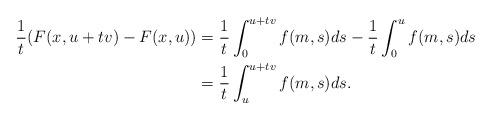
LaTeX: \begin{align*}\frac{1}{t}(F(x,u+tv)-F(x,u))&= \frac{1}{t}\int_0^{u+tv} f(m,s)ds -\frac{1}{t} \int_0^{u} f(m,s)ds\\&= \frac{1}{t}\int_u^{u+tv} f(m,s)ds.\end{align*}